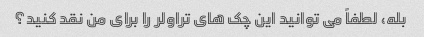
بله، لطفاً می توانید این چک های تراولر را برای من نقد کنید؟